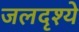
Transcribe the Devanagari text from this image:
जलदृश्ये